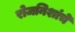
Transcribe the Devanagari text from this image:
रोजनिशांचे